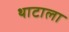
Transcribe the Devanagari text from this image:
थाटाला